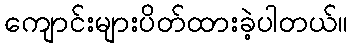
ကျောင်းများပိတ်ထားခဲ့ပါတယ်။